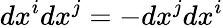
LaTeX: dx^{i}dx^{j}=-dx^{j}dx^{i}